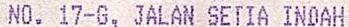
NO. 17-G, JALAN SETIA INDAH